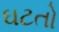
ઘટતો